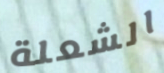
الشعلة